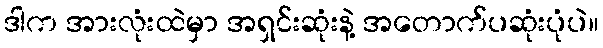
ဒါက အားလုံးထဲမှာ အရှင်းဆုံးနဲ့ အတောက်ပဆုံးပုံပဲ။